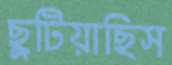
ছুটিয়াছিস